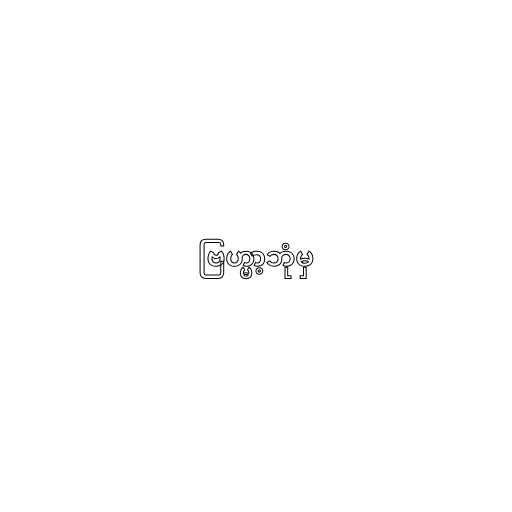
ဗြဟ္မာ့ဘုံမှ